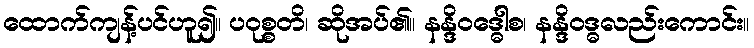
ထောက်ကျန့်ပင်ဟူ၍။ ပဝုစ္စတိ၊ ဆိုအပ်၏။ နန္ဒိဝဒ္ဓေါစ၊ နန္ဒိဝဒ္ဓလည်းကောင်း။